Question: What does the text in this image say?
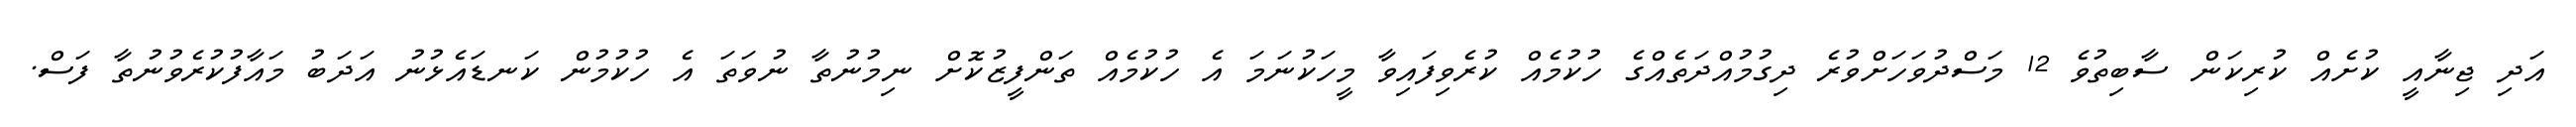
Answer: އަދި ޖިނާއީ ކުށެއް ކުރިކަން ސާބިތުވެ 12 މަސްދުވަހަށްވުރެ ދިގުމުއްދަތެއްގެ ހުކުމެއް ކުރެވިފައިވާ މީހަކުނަމަ އެ ހުކުމެއް ތަންފީޒުކޮށް ނިމުނުތާ ނުވަތަ އެ ހުކުމުން ކަނޑައެޅުނު އަދަބު މައާފުކުރެވުނުތާ ފަސް.